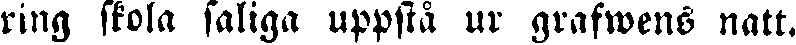
ring skola saliga uppstå ur grafwens natt.